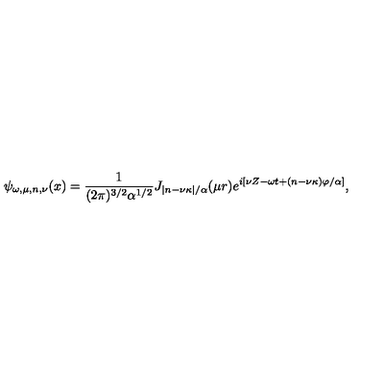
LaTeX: \psi _ { \omega , \mu , n , \nu } ( x ) = \frac { 1 } { ( 2 \pi ) ^ { 3 / 2 } \alpha ^ { 1 / 2 } } J _ { | n - \nu \kappa | / \alpha } ( \mu r ) e ^ { i [ \nu Z - \omega t + ( n - \nu \kappa ) \varphi / \alpha ] } ,